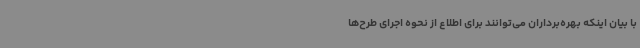
با بیان اینکه بهره‌برداران می‌توانند برای اطلاع از نحوه اجرای طرح‌ها